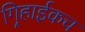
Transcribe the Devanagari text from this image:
गिर्‍हाईकच